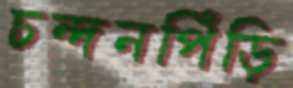
চন্দনপিঁড়ি